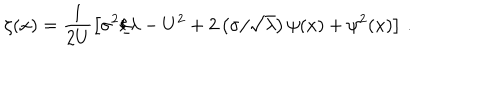
\zeta ( x ) = \frac { 1 } { 2 U } \left[ \sigma ^ { 2 } / \lambda - U ^ { 2 } + 2 \left( \sigma / \sqrt { \lambda } \right) \psi ( x ) + \psi ^ { 2 } ( x ) \right] \, .